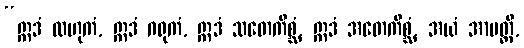
“ဣဒံ လဟုကံ, ဣဒံ ဂရုကံ, ဣဒံ သတေကိစ္ဆံ, ဣဒံ အတေကိစ္ဆံ, အယံ အာပတ္တိ,